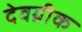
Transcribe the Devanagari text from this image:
देवग्रीक